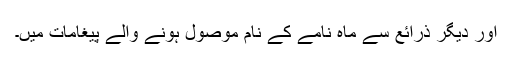
اور دیگر ذرائع سے ماہ نامے کے نام موصول ہونے والے پیغامات میں۔